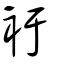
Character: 衧